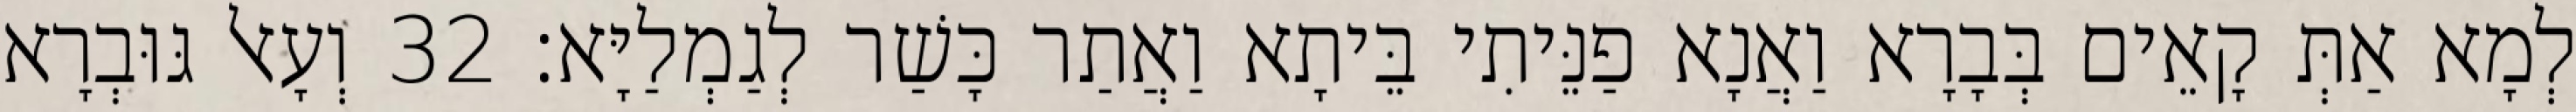
לְמָא אַתְּ קָאֵים בְּבָרָא וַאֲנָא פַנֵּיתִי בֵּיתָא וַאֲתַר כָּשַׁר לְגַמְלַיָּא׃ 32 וְעָאל גּוּבְרָא